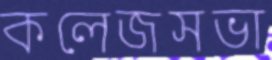
কলেজসভা